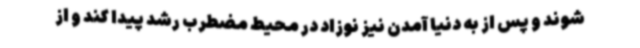
شوند و پس از به دنیا آمدن نیز نوزاد در محیط مضطرب رشد پیدا کند و از